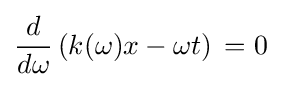
{\frac {d}{d\omega }}{\mathopen {}}\left(k(\omega )x-\omega t\right){\mathclose {}}=0